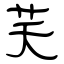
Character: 芺